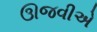
ઊજવીએ